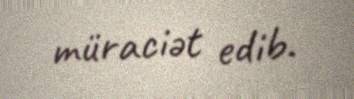
müraciət edib.